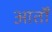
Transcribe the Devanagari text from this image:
आर्तों